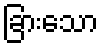
ခြားသော